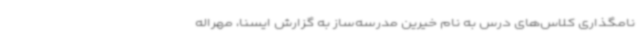
نامگذاری کلاس‌های درس به نام خیرین مدرسه‌ساز به گزارش ایسنا، مهراله